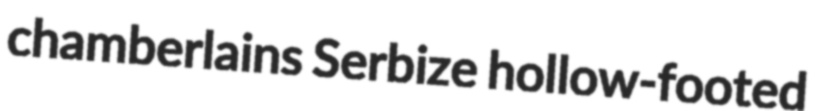
chamberlains Serbize hollow-footed